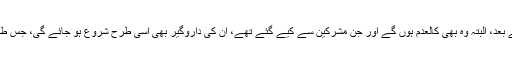
مدت گزر جانے کے بعد، البتہ وہ بھی کالعدم ہوں گے اور جن مشرکین سے کیے گئے تھے، اُن کی داروگیر بھی اُسی طرح شروع ہو جائے گی، جس طرح حکم دیا گیا ہے۔